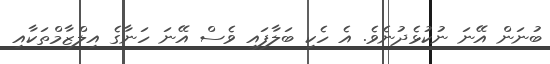
ބުނަން އޭނަ ނުކުޅެދުނެވެ. އެ ހެކި ބަލާފައި ވެސް އޭނަ ހަނާގެ އިލްޒާމްތަކާއި